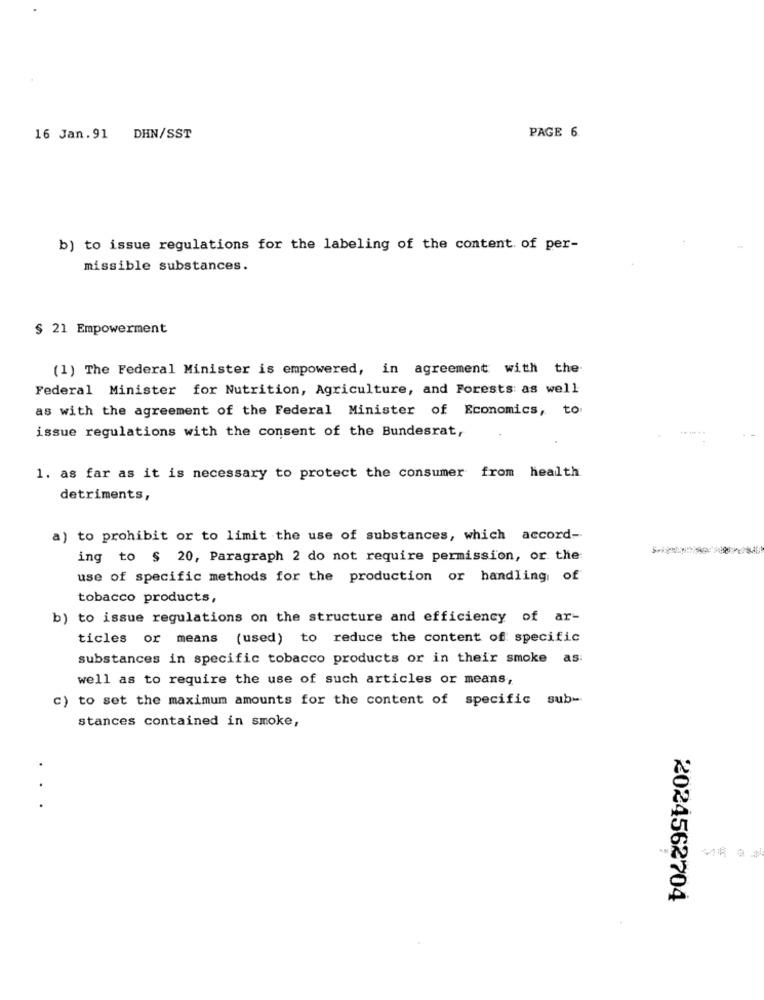
16 Jan. 91 DHN/SST
PAGE 6
b) to issue regulations for the labeling of the content of per-
missible substances.
$ 21 Empowerment
(1) The Federal Minister is empowered, in agreement with the
Federal Minister for Nutrition, Agriculture, and Forests as well
as with the agreement of the Federal Minister of Economics, to
issue regulations with the consent of the Bundesrat,
1. as far as it is necessary to protect the consumer from health
detriments,
a) to prohibit or to limit the use of substances, which accord-
ing to $ 20, Paragraph 2 do not require permission, or the
use of specific methods for the production or handling of
tobacco products,
b) to issue regulations on the structure and efficiency of ar-
ticles or means (used) to reduce the content of specific
substances in specific tobacco products or in their smoke as:
well as to require the use of such articles or means,
c) to set the maximum amounts for the content of specific sub-
stances contained in smoke,
...
2024562704